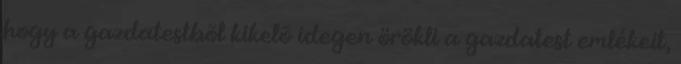
hogy a gazdatestbõl kikelõ idegen örökli a gazdatest emlékeit,